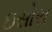
ઇસોરા